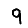
Digit: 9